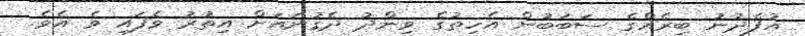
އުފެދުނު ބިރެއްގެ ސަބަބުން އެހިތުގެ ވިންދު ދެގުނައަށް އިތުރު ވެފައި ވެ އެވެ.